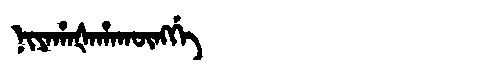
Manchu: ᠨᡳᠶᠠᡥᠠᡧᠠᡥᠠᡴᡡᠩᡤᡝ
Romanization: NIYAHAŠAHAKŪNGGE